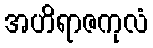
အဟိရာဇကုလံ